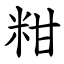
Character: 粓